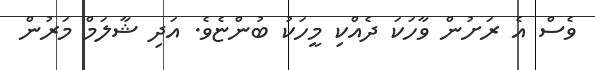
ވެސް އެ ރަށުން ވާހަކަ ދެއްކި މީހަކު ބުންޏެވެ. އަދި ޝާލަމް މަރުން